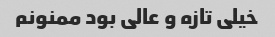
خیلی تازه و عالی بود ممنونم